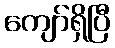
ကျော်ရှိပြီ